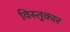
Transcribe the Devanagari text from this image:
विस्तुकार